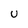
Character: u